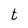
Character: t